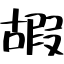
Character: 嘏